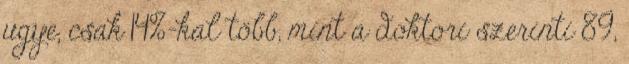
ugye, csak 14%-kal több, mint a doktori szerinti 89,